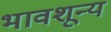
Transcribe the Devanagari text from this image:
भावशून्‍य